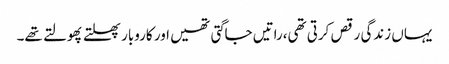
یہاں زندگی رقص کرتی تھی،راتیں جاگتی تھیں اور کاروبار پھلتے پھولتے تھے۔